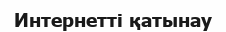
Интернетті қатынау